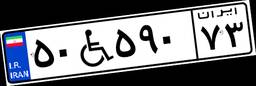
۴۵W۴۹۷۰۸